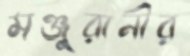
মঞ্জুরানীর